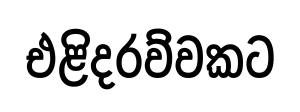
එළිදරව්වකට